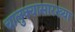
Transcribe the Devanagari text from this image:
चालुक्यासारख्या